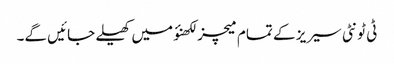
ٹی ٹونٹی سیریز کے تمام میچز لکھنؤ میں کھیلے جائیں گے۔